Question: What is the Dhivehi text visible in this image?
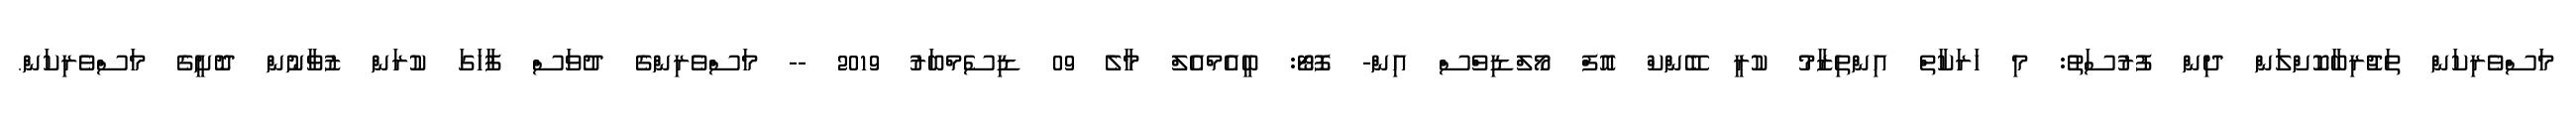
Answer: މަސްވެރިކަން ތަޖުރިބާކޮށްލަން ދިން ފުރުސަތު: މި ހަރަކާތް އިންތިޒާމު ކުރީ ބޭންކް އޮފް މޯލްޑިވްސް އިން- ފޮޓޯ: ބީއެމްއެލް މާލެ 09 ޑިސެމްބަރު 2019 -- މަސްވެރިންގެ ދުވަސް ފާހަގަ ކުރަން ޒުވާނުން ދޮށީގެ މަސްވެރިކަން.